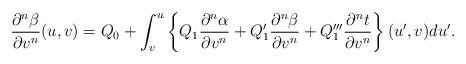
LaTeX: \begin{align*} \frac{\partial^n\beta}{\partial v^n}(u,v)=Q_0+\int_v^u\left\{Q_1\frac{\partial^n\alpha}{\partial v^n}+Q_1'\frac{\partial^n\beta}{\partial v^n}+Q_1'''\frac{\partial^nt}{\partial v^n}\right\}(u',v)du'.\end{align*}